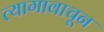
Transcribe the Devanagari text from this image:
त्यागावाचून